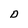
Character: D